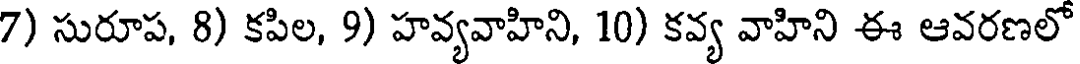
7) సురూప, 8) కపిల, 9) హవ్యవాహిని, 10) కవ్య వాహిని ఈ ఆవరణలో